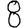
Digit: 8